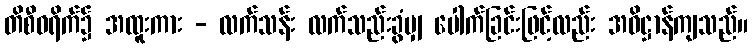
တိစီဝရိက်၌ အထူးကား - လက်သန်း လက်သည်းခွံမျှ ပေါက်ခြင်းဖြင့်လည်း အဓိဋ္ဌာန်ကျသည်။